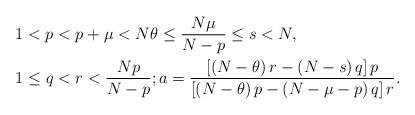
LaTeX: \begin{align*}1 & <p<p+\mu<N\theta\leq\frac{N\mu}{N-p}\leq s<N,\\1 & \leq q<r<\frac{Np}{N-p};a=\frac{\left[ \left( N-\theta\right)r-\left( N-s\right) q\right] p}{\left[ \left( N-\theta\right) p-\left(N-\mu-p\right) q\right] r}.\end{align*}